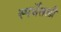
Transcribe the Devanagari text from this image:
स्पर्धेतली